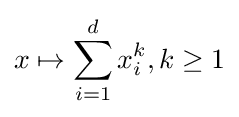
x\mapsto \sum _{i=1}^{d}{x_{i}^{k}},k\geq 1